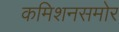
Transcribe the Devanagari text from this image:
कमिशनसमोर